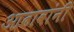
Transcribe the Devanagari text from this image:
आढावांनी